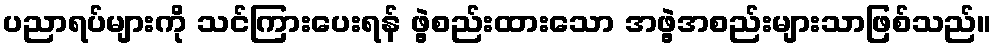
ပညာရပ်များကို သင်ကြားပေးရန် ဖွဲ့စည်းထားသော အဖွဲ့အစည်းများသာဖြစ်သည်။